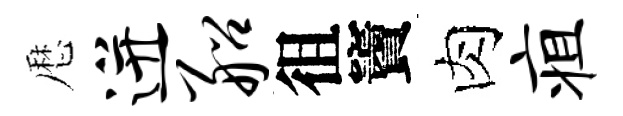
厯迸船徂竇肉疽